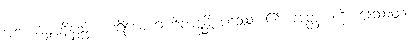
အဘယ်မျှတို့နည်း။ ပရိယောဂါဟိတဗ္ဗန္တိ ပဒဿ၊ ၏။ အတ္ထံ၊ ကို။ ဒေဿတုံ၊